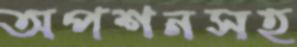
অপশনসহ